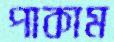
পাকাম